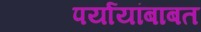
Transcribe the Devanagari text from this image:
पर्यायांबाबत